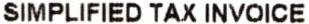
SIMPLIFIED TAX INVOICE